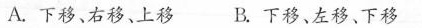
A.下移、右移、上移 B.下移、左移、下移